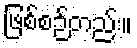
ဖြစ်စဉ်တည်း။